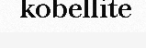
kobellite